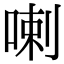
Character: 喇